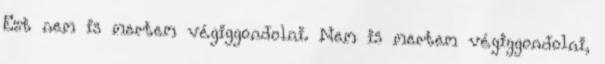
Ezt nem is mertem vé­giggon­dol­ni. Nem is mertem végiggondolni,